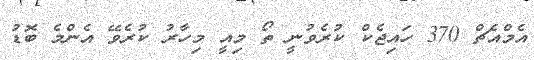
އެމްއެޗް 370 ހައިޖެކް ކުރެވުނީ ތޯ މިއީ މިހާރު ކުރެވޭ އެންމެ ބޮޑު